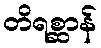
တိရစ္ဆာန်